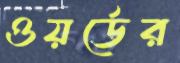
ওয়র্ডের